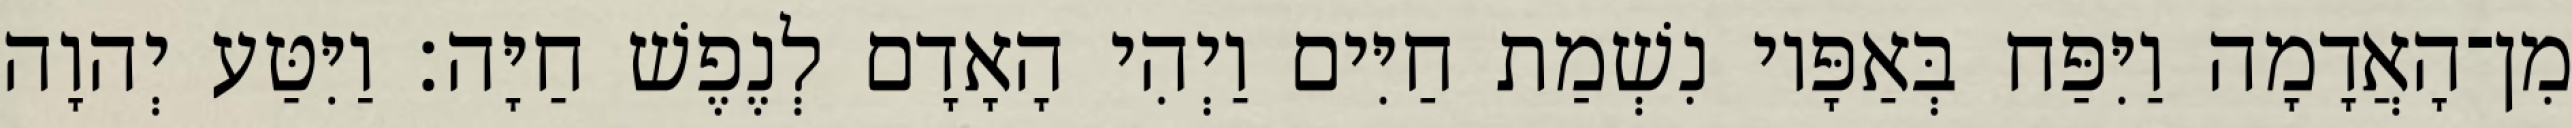
מִן־הָאֲדָמָה וַיִּפַּח בְּאַפָּיו נִשְׁמַת חַיִּים וַיְהִי הָאָדָם לְנֶפֶשׁ חַיָּה׃ וַיִּטַּע יְהוָה